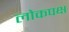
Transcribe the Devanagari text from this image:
लोकपक्ष